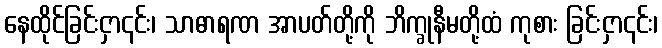
နေထိုင်ခြင်းငှာ၎င်း၊ သာဓာရဏ အာပတ်တို့ကို ဘိက္ခုနီမတို့ထံ ကုစား ခြင်းငှာ၎င်း၊